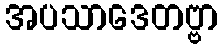
အပသာဒေတဗ္ဗာ